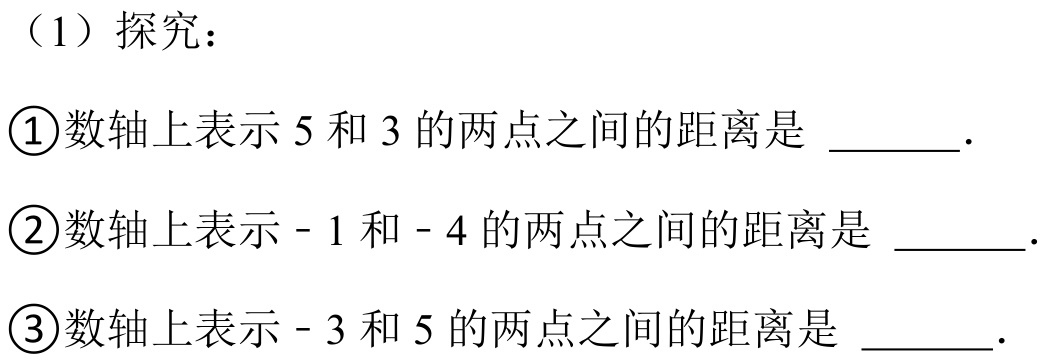
(1) 探究：
\textcircled{1}数轴上表示\(5\)和\(3\)的两点之间的距离是 \(\underline{\quad\quad}\).
\textcircled{2}数轴上表示\(-1\)和\(-4\)的两点之间的距离是 \(\underline{\quad\quad}\).
\textcircled{3}数轴上表示\(-3\)和\(5\)的两点之间的距离是 \(\underline{\quad\quad}\).